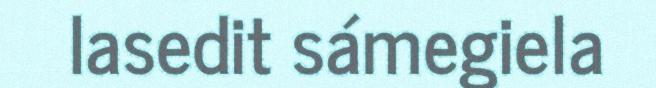
lasedit sámegiela